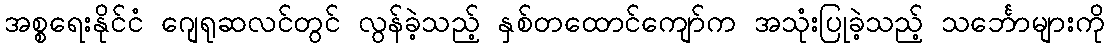
အစ္စရေးနိုင်ငံ ဂျေရုဆလင်တွင် လွန်ခဲ့သည့် နှစ်တထောင်ကျော်က အသုံးပြုခဲ့သည့် သင်္ဘောများကို